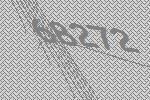
68272